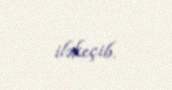
iləkeçib.